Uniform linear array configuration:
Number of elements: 12
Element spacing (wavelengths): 0.75
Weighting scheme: kaiser
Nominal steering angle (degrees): -30
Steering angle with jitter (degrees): -29.7
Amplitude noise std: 0.05
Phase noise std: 0.05

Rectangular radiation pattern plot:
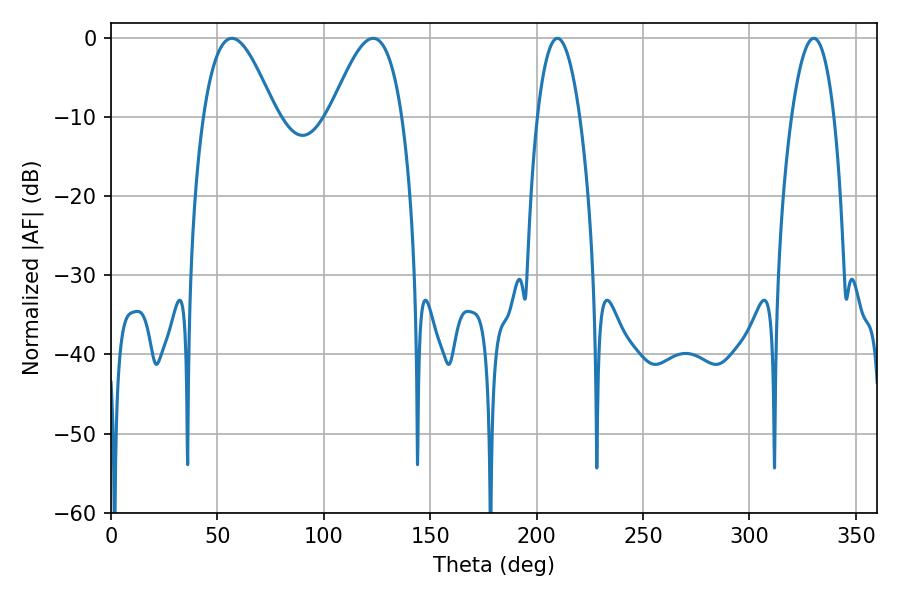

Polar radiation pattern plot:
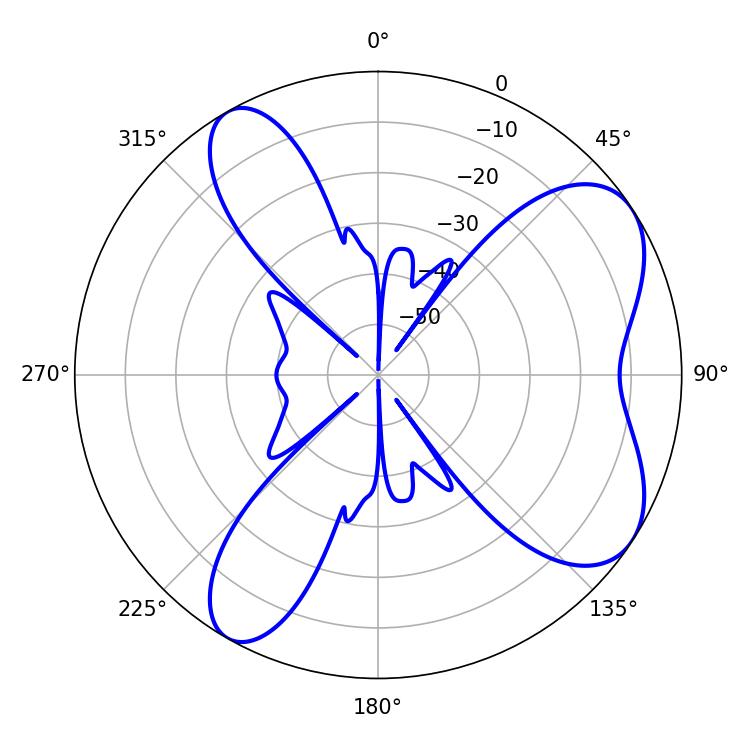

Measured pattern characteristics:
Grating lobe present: TRUE
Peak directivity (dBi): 6.941
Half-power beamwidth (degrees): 18.36
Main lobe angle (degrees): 56.88